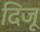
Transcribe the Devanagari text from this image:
दिजू